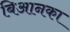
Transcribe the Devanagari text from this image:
बिआनका